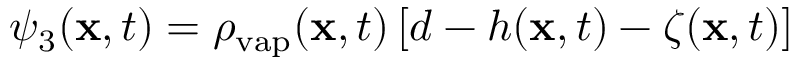
\psi _ { 3 } ( \mathbf x , t ) = \rho _ { \mathrm { v a p } } ( \mathbf x , t ) \, [ d - h ( \mathbf x , t ) - \zeta ( \mathbf x , t ) ]